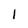
Character: 1